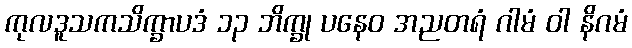
ကုလဒူသကသိက္ခာပဒံ ၁၃ ဘိက္ခု ပနေဝ အညတရံ ဂါမံ ဝါ နိဂမံ